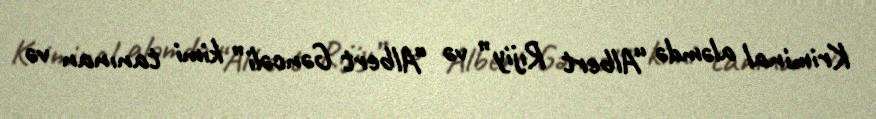
Kriminal aləmdə “Albert Rıjiy” və “Albert Gəncəli” kimi tanınan və